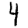
Digit: 4